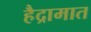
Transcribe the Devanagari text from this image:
हैद्रामात